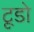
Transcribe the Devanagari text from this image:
टूडो